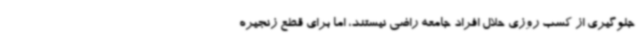
جلوگیری از کسب روزی حلال افراد جامعه راضی نیستند، اما برای قطع زنجیره